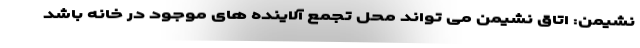
نشیمن: اتاق نشیمن می تواند محل تجمع آلاینده های موجود در خانه باشد